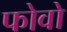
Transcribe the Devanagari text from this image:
फोवो